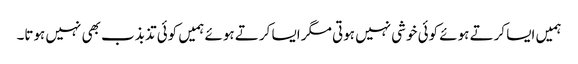
ہمیں ایسا کرتے ہوئے کوئی خوشی نہیں ہوتی مگر ایسا کرتے ہوئے ہمیں کوئی تذبذب بھی نہیں ہوتا۔